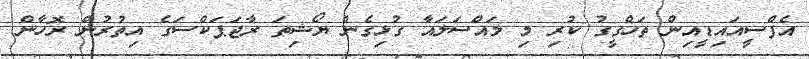
އެފްްސީއައިޑީއިން ތަހްގީގު ކުރި މި މައްސަލައާ ގުޅިގެން ޔޯޝިތަ ރާޖަޕަކްސަގެ އިތުރުން ރޮހާން